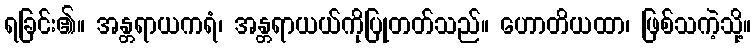
ရခြင်း၏။ အန္တရာယကရံ၊ အန္တရာယယ်ကိုပြုတတ်သည်။ ဟောတိယထာ၊ ဖြစ်သကဲ့သို့။